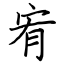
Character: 宥